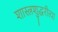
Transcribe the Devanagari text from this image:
शास्त्रशुद्धरीत्या